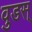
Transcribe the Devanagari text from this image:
वुडस्